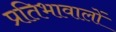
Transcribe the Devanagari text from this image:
प्रतिभावालों